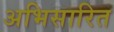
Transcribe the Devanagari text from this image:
अभिसारित